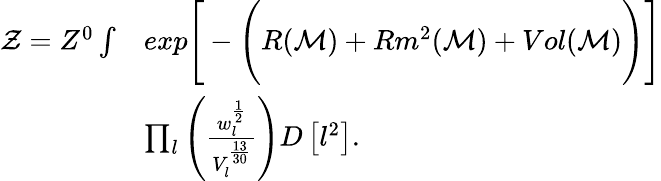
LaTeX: \begin{array}{rl}{\mathcal{Z}=Z^{0}\int}&{exp\Bigg[-\Bigg(R(\mathcal{M})+Rm^{2}(\mathcal{M})+Vol(\mathcal{M})\Bigg)\Bigg]}\\ &{\prod_{l}\left(\frac{w_{l}^{\frac{1}{2}}}{V_{l}^{\frac{13}{30}}}\right)D\left[l^{2}\right].}\end{array}